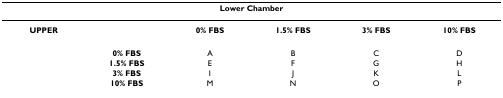
<table><thead><tr><td colspan="6"><b>Lower Chamber</b></td></tr></thead><tbody><tr><td><b>UPPER</b></td><td></td><td><b>0% FBS</b></td><td><b>1.5% FBS</b></td><td><b>3% FBS</b></td><td><b>10% FBS</b></td></tr><tr><td></td><td><b>0% FBS</b></td><td>A</td><td>B</td><td>C</td><td>D</td></tr><tr><td></td><td><b>1.5% FBS</b></td><td>E</td><td>F</td><td>G</td><td>H</td></tr><tr><td></td><td><b>3% FBS</b></td><td>I</td><td>J</td><td>K</td><td>L</td></tr><tr><td></td><td><b>10% FBS</b></td><td>M</td><td>N</td><td>O</td><td>P</td></tr></tbody></table>